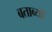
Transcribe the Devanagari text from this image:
बताव्यो